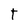
Character: T